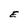
Character: E